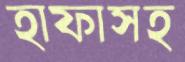
হাফাসহ